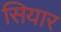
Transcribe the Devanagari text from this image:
सियार